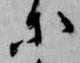
等